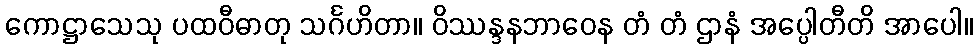
ကောဋ္ဌာသေသု ပထဝီဓာတု သင်္ဂဟိတာ။ ဝိဿန္ဒနဘာဝေန တံ တံ ဌာနံ အပ္ပေါတီတိ အာပေါ။